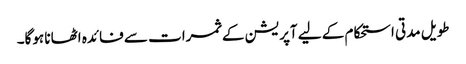
طویل مدتی استحکام کے لیے آپریشن کے ثمرات سے فائدہ اٹھانا ہوگا۔